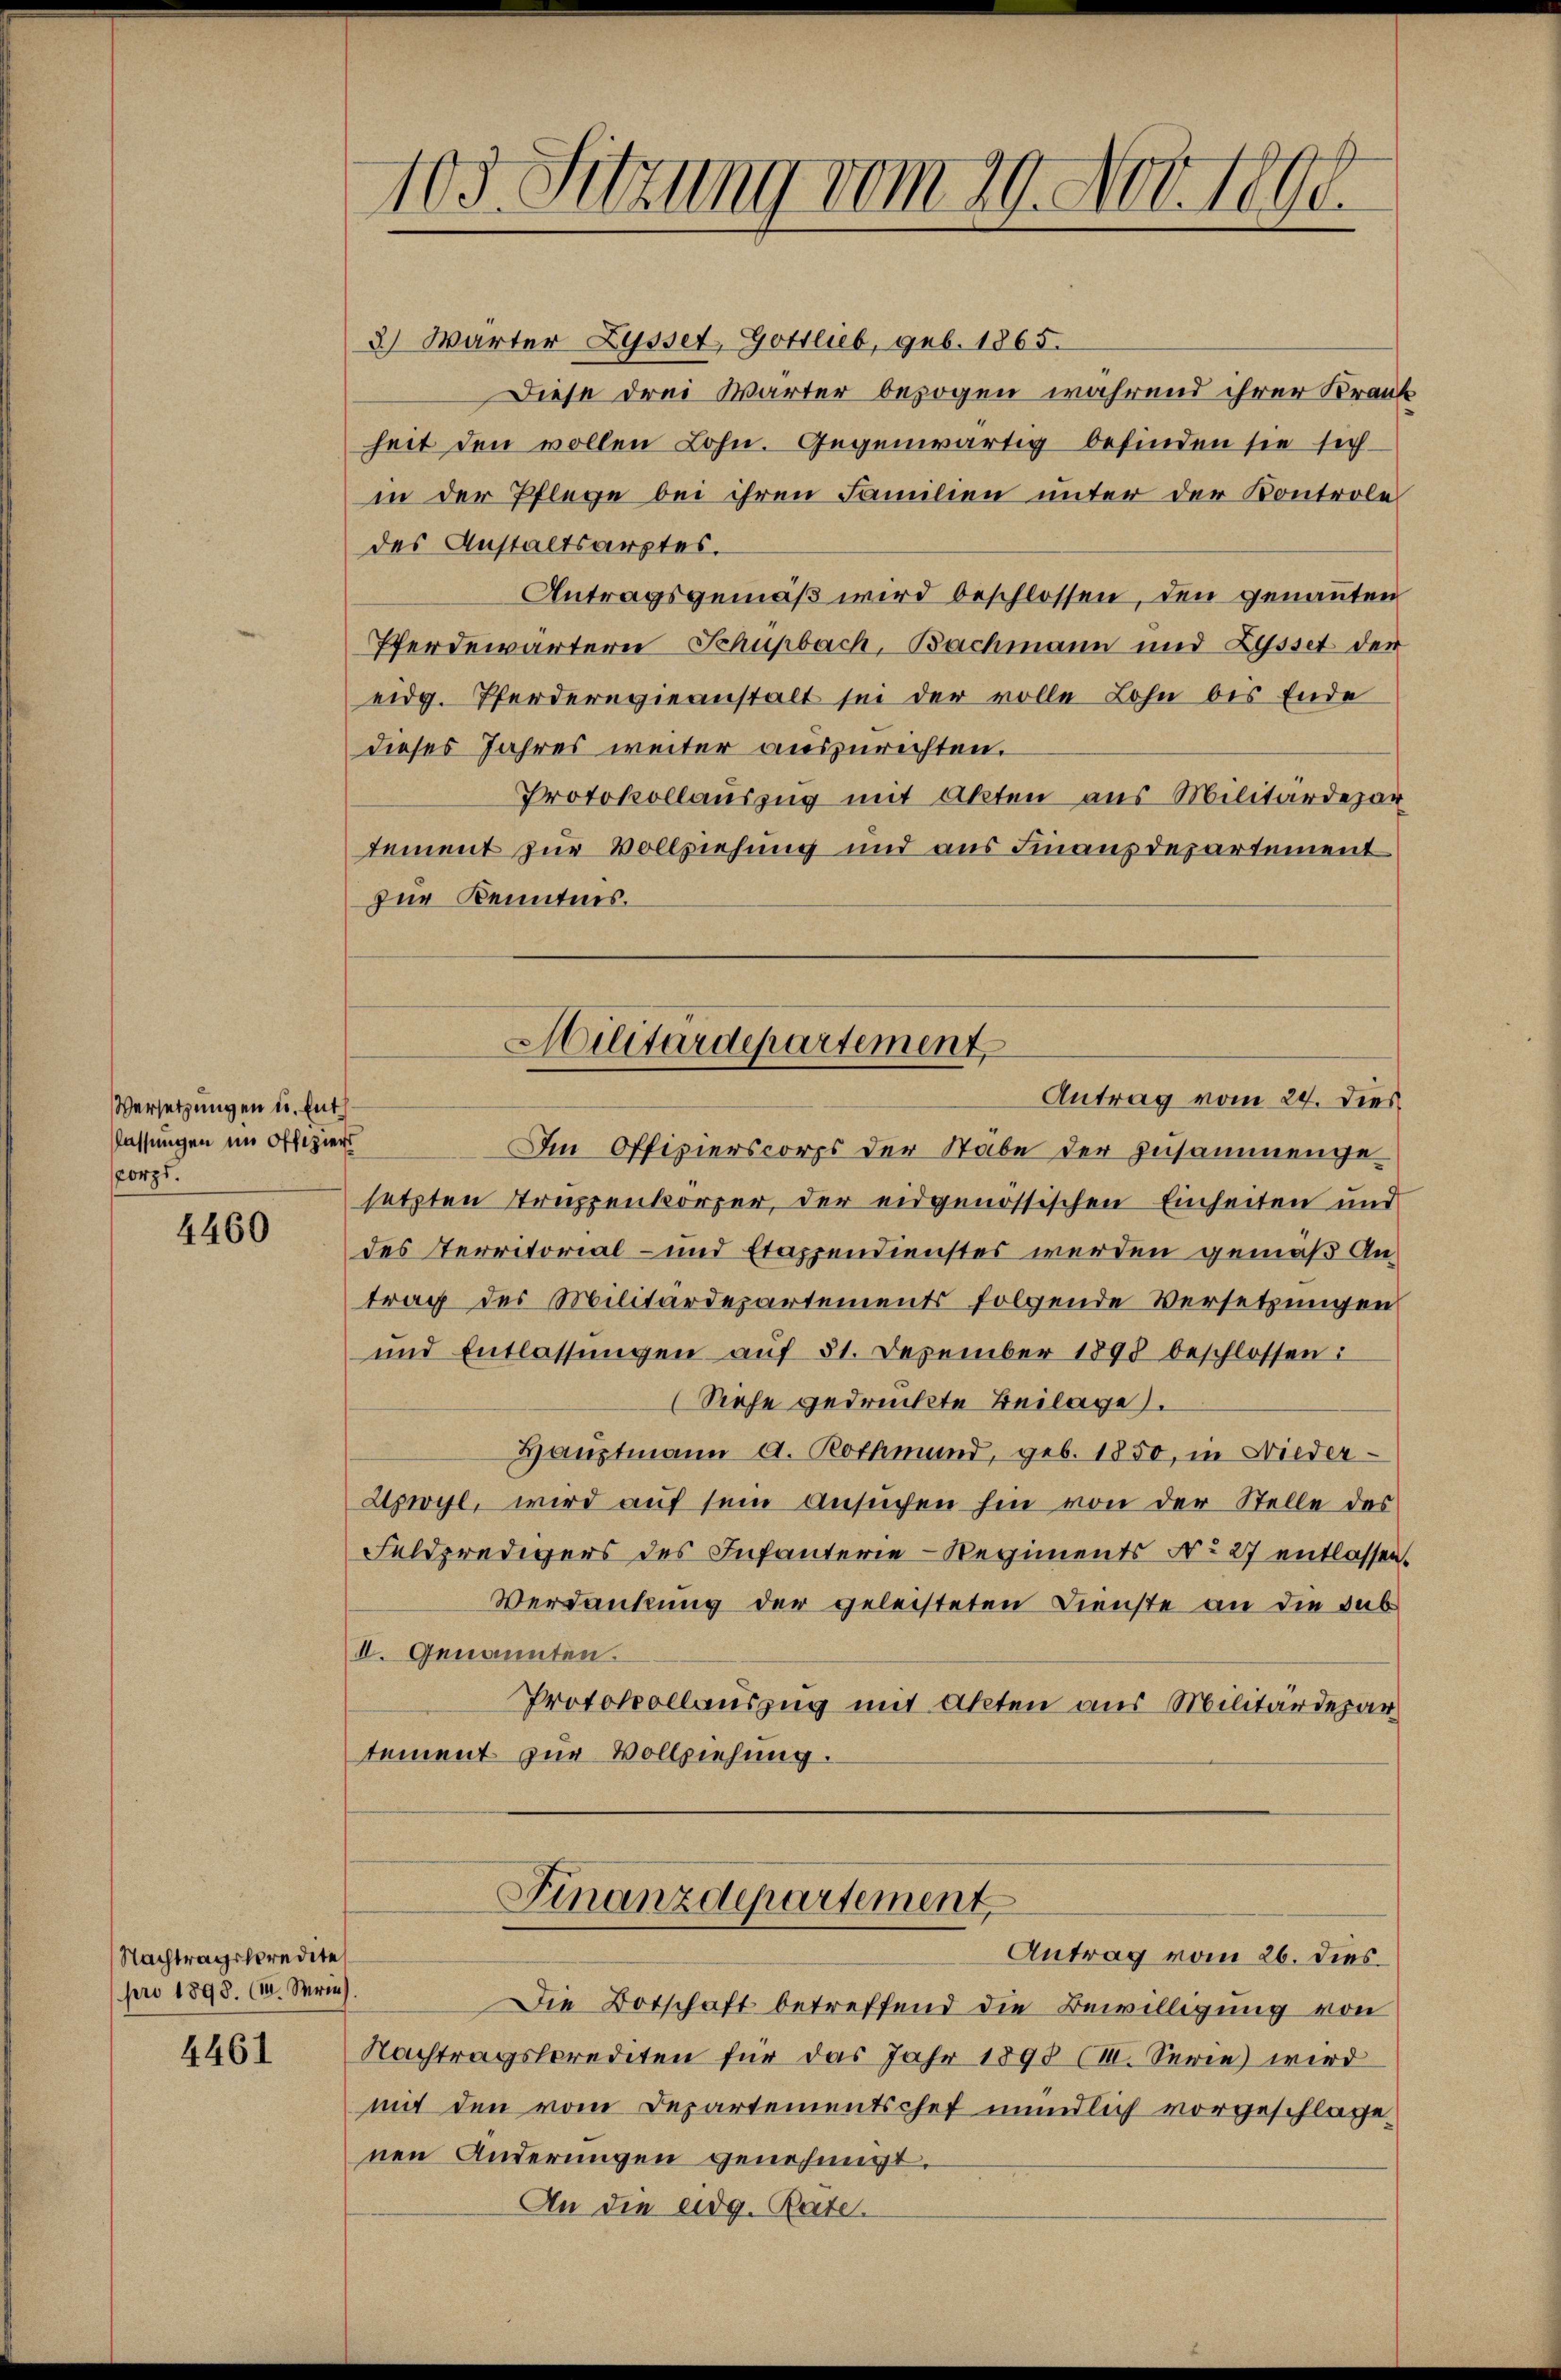
Versetzungen u. Entlassungen im Offiziers
corps.

4460

Nachtragskredite
pro 1893. (I. Serie).

4461

3) Wärter Lysset, Gottlieb, geb. 1865.
Diese drei Wärter bezogen während ihrer Krank
heit den vollen Lohn. Gegenwärtig befinden sie sich
in der Pflege bei ihren Familien unter der Kontrole
des Anstaltsarztes.
Antragsgemäß wird beschlossen, den genannten
Pferdewärtern Schüpbach, Bachmann und Zysset der
eidg. Pferderegieanstalt sei der volle Lohn des Ende
dieses Jahres weiter auszurechten.
Protokollauszug mit Akten aus Militärdepar
tement zur Vollziehung und aus Finanzdepartement
zur Kenntnis.

Im Offizierscorps der Stäbe der Zusammengesetzten Truppenkörper, der eidgenössischen Einheiten und
des Territorial- und Etappendienstes werden gemäß Antrag des Militärdepartements folgende Versetzungen
und Entlassŭngen aŭf 31. Dezember 1898 beschlossen:
(Siehe gedruckte Beilage).
Hauptmann a. Rothmand, geb. 1850, in Nieder-
Apwyl, wird auf sein Ansuchen hin von der Stelle des
Feldpredigers des Infanterie-Regiments No 27 entlassen.
Verdankung der geleisteten Dienste an die Sub
II. Genannten.
Protokollauszug mit Akten aus Militärdepar
tement zur Vollziehung.

103. Sitzung vom 29. Nov. 1890.

Militärdepartement
Antrag vom 24. Dies

Finanzdepartement
Antrag vom 26. dies

Die Botschaft betreffend die Bewilligung von
Nachtragssprediten für das Jahr 1893 (III. Serie wird
mit den vom Departementschef mündlich vorgeschlage
nen Änderungen genehmigt.
An die eidg. Rate.